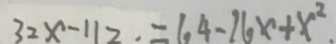
3 2 x - 1 1 2 \cdot = 1 . 4 - 2 6 x + x ^ { 2 } .